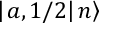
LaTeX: \left| \left. a , 1 / 2 \right| n \right\rangle